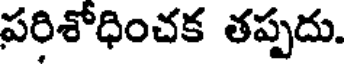
పరిశోధించక తప్పదు.